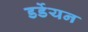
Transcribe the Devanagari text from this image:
डर्डेयन